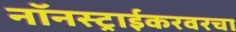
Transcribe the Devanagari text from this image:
नॉनस्ट्राईकरवरचा